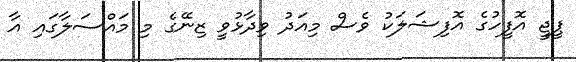
ޕީޖީ އޮފީހުގެ އޮފިޝަލަކު ވެސް މިއަދު ވިދާޅުވީ ޒިނޭގެ މި މައްސަލާގައި އާ